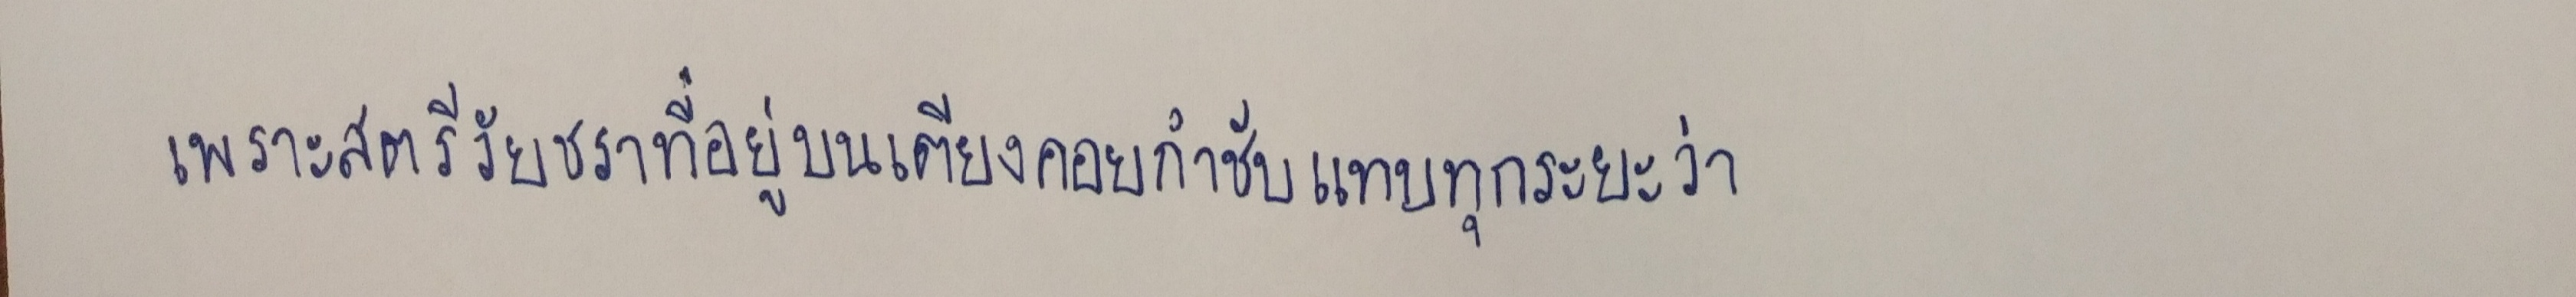
เพราะสตรีวัยชราที่อยู่บนเตียงคอยกำชับแทบทุกระยะว่า